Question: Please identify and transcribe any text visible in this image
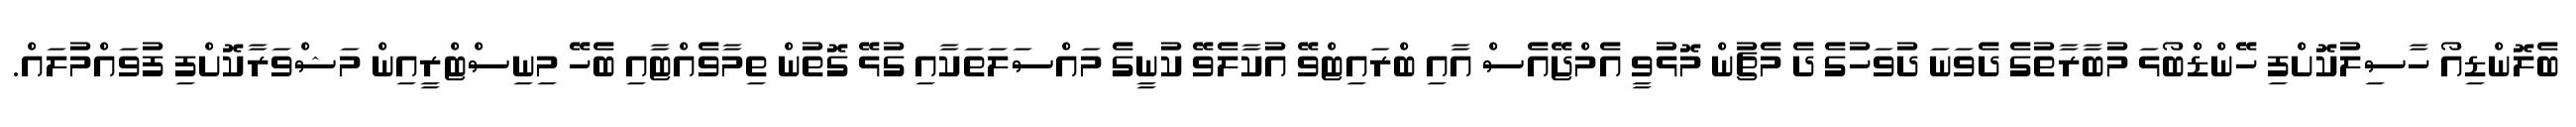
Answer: ބެލޮންޑިއޯ ހާސިލުކޮށްފި ހޭންޑްބޯޅަ މުބާރާތުގެ ދެވަނަ ދުވަހުގެ ދެ މެޗުން މޮޅުވީ އެމްޖޭއެސް އާއި ބްރައިޓްވޭ އުކާލެވޭ ކުނީގެ މައްސަލަތަކާއި ގުޅޭ ގޮތުން ތިމާވެއްޓާއި ބެހޭ މިނިސްޓްރީއިން މަޝްވަރާކޮށްފި ފުވައްމުލައް.